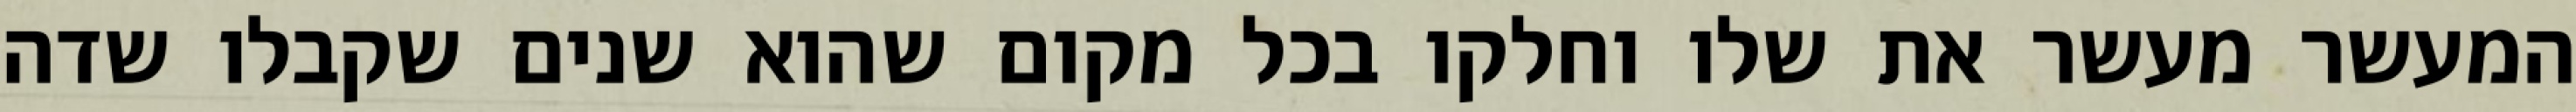
המעשר מעשר את שלו וחלקו בכל מקום שהוא שנים שקבלו שדה